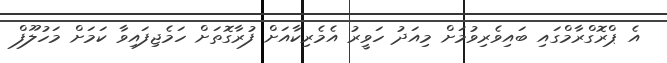
އެ ޕްރޮގްރާމްގައި ބައިވެރިވުމަށް މިއަދު ހަވީރު އެމެރިކާއަށް ފުރާގޮތަށް ހަމެޖިފައިވާ ކަމަށް މަހުލޫފް